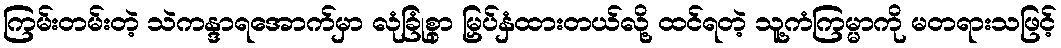
ကြမ်းတမ်းတဲ့ သဲကန္ဒာရအောက်မှာ လုံခြုံစွာ မြှပ်နှံထားတယ်လို့ ထင်ရတဲ့ သူ့ကံကြမ္မာကို မတရားသဖြင့်